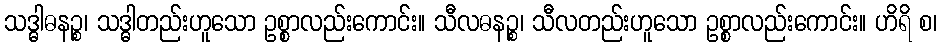
သဒ္ဓါဓနဉ္စ၊ သဒ္ဓါတည်းဟူသော ဥစ္စာလည်းကောင်း။ သီလဓနဉ္စ၊ သီလတည်းဟူသော ဥစ္စာလည်းကောင်း။ ဟိရိ စ၊